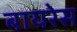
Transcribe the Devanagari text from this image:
बायरेस